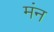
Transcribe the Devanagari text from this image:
मंन